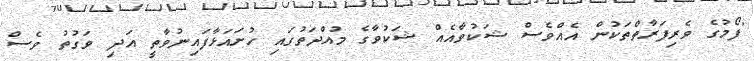
"ފޯމުގެ ވެރިފަރާތްތަކުން އެއްވެސް ޝަކުވާއެއް ޝަކުވާގެ މުއްދަތުގައި ހުށައަޅާފައިނުވާތީ އަދި ވަގުތު ވެސް